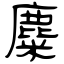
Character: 麋